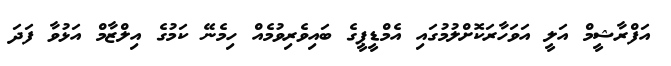
އަފްރާޝީމް އަލީ އަވަހާރަކޮށްލުމުގައި އެމްޑީޕީގެ ބައިވެރިވުމެއް ހިމެނޭ ކަމުގެ އިލްޒާމް އަޅުވާ ފަދަ